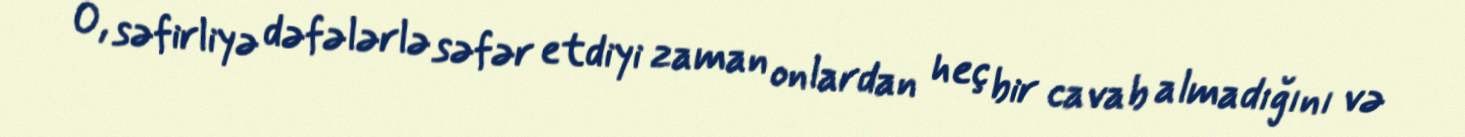
O, səfirliyə dəfələrlə səfər etdiyi zaman onlardan heç bir cavab almadığını və